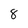
Character: 8